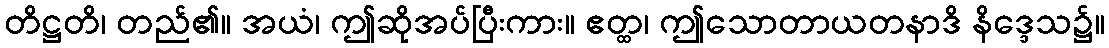
တိဋ္ဌတိ၊ တည်၏။ အယံ၊ ဤဆိုအပ်ပြီးကား။ ဧတ္ထ၊ ဤသောတာယတနာဒိ နိဒ္ဒေသ၌။